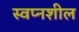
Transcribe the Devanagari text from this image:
स्वप्नशील